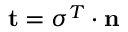
\mathbf { t } = { \boldsymbol { \sigma } } ^ { T } \cdot \mathbf { n }